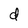
Character: d